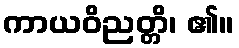
ကာယဝိညတ္တိ၊ ၏။